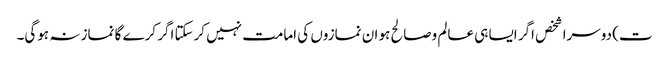
ت) دوسرا شخص اگر ایسا ہی عالم وصالح ہو ان نمازوں کی امامت نہیں کرسکتا اگر کرے گا نماز نہ ہوگی۔